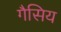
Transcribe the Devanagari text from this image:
गैसिय